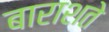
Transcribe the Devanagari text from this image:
बाराशते